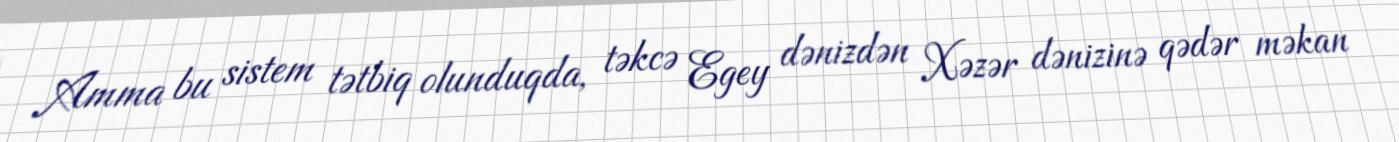
Amma bu sistem tətbiq olunduqda, təkcə Egey dənizdən Xəzər dənizinə qədər məkan